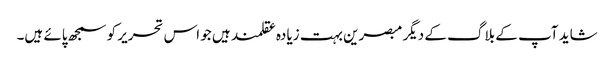
شاید آپ کے بلاگ کے دیگر مبصرین بہت زیادہ عقلمند ہیں جو اس تحریر کو سمجھ پائے ہیں۔